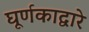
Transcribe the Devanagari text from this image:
घूर्णकाद्वारे